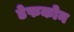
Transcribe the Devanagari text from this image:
डेफकोन